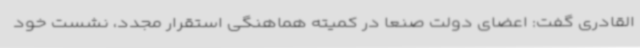
القادری گفت: اعضای دولت صنعا در کمیته هماهنگی استقرار مجدد، نشست خود